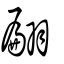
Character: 翩